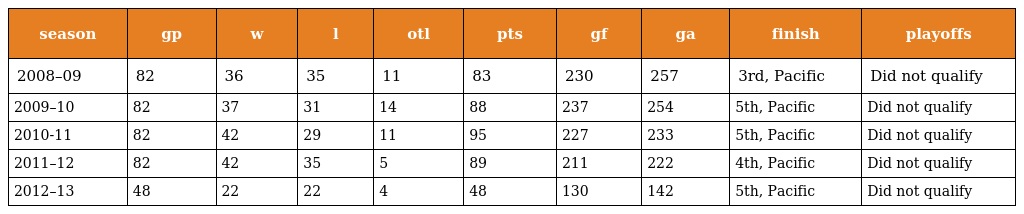
| season | gp | w | l | otl | pts | gf | ga | finish | playoffs |
 | --- | --- | --- | --- | --- | --- | --- | --- | --- | --- |
 | 2008–09 | 82 | 36 | 35 | 11 | 83 | 230 | 257 | 3rd, Pacific | Did not qualify |
 | 2009–10 | 82 | 37 | 31 | 14 | 88 | 237 | 254 | 5th, Pacific | Did not qualify |
 | 2010-11 | 82 | 42 | 29 | 11 | 95 | 227 | 233 | 5th, Pacific | Did not qualify |
 | 2011–12 | 82 | 42 | 35 | 5 | 89 | 211 | 222 | 4th, Pacific | Did not qualify |
 | 2012–13 | 48 | 22 | 22 | 4 | 48 | 130 | 142 | 5th, Pacific | Did not qualify |